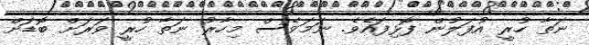
ނަތާ ހުރީ އުފަލުން ފޮޅިފައެވެ. ނަމަވެސް މިހާރު ނަތާ ހުރީ ވަރަށް ބޮޑަށް